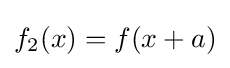
f_{2}(x)=f(x+a)